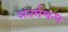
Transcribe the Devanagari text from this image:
अंतर्सम्बन्ध